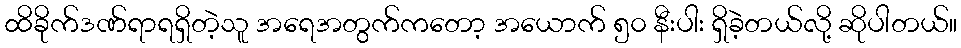
ထိခိုက်ဒဏ်ရာရရှိတဲ့သူ အရေအတွက်ကတော့ အယောက် ၅၀ နီးပါး ရှိခဲ့တယ်လို့ ဆိုပါတယ်။